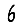
Digit: 6